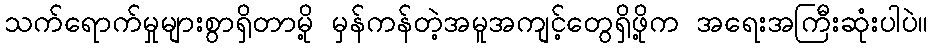
သက်ရောက်မှုများစွာရှိတာမို့ မှန်ကန်တဲ့အမူအကျင့်တွေရှိဖို့က အရေးအကြီးဆုံးပါပဲ။